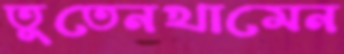
তুতেনখামেন